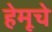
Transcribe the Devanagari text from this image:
हेमूचे